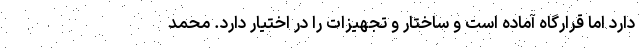
دارد اما قرارگاه آماده است و ساختار و تجهیزات را در اختیار دارد. محمد